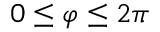
0 \leq \varphi \leq 2 \pi